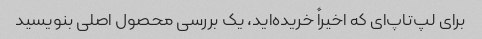
برای لپ‌تاپ‌ای که اخیراً خریده‌اید، یک بررسی محصول اصلی بنویسید